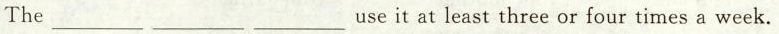
The_________ _________ _________useit at least three or four times a week.